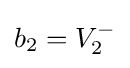
b_{2}=V_{2}^{-}